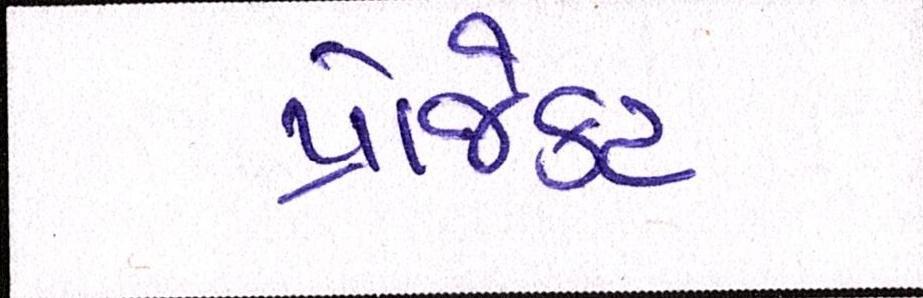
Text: પ્રોજેક્ટ